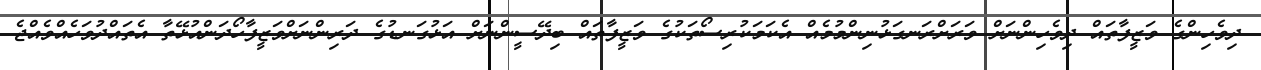
ދިވެހިންގެ ވަޒީފާތައް ދިވެހިންނަށް ވަރަށްރަނގަޅުނިންމުމެއް އެކަމަކުރިސޯތަކުގެ ވަޒީފާތައް ބިދޭސީންނަށް އަޅުގަނޑުގެ ދަރިންނަށްވަޒީފާހޯދަންއުޅޭތާ އެތައްދުވަހެއްވެއްޖެ